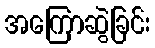
အကြောဆွဲခြင်း